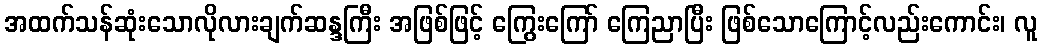
အထက်သန်ဆုံးသောလိုလားချက်ဆန္ဒကြီး အဖြစ်ဖြင့် ကြွေးကြော် ကြေညာပြီး ဖြစ်သောကြောင့်လည်းကောင်း၊ လူ